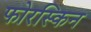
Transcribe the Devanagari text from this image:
फोरस्किन